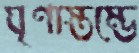
ঘৃণাস্তম্ভে